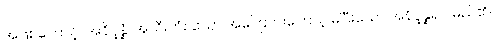
အဖြစ်ကြောင့်။ အနိပ္ဖန္နံ၊ အသီးကံစသော အကြောင်းကြောင့် မပြီးသော အနိပ္ဖန္နရုပ် မည်၏။